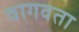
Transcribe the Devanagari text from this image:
वागवता